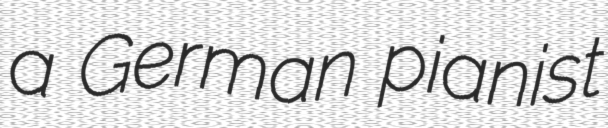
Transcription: a German pianist